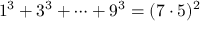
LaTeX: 1 ^ { 3 } + 3 ^ { 3 } + \dots + 9 ^ { 3 } = ( 7 \cdot 5 ) ^ { 2 }